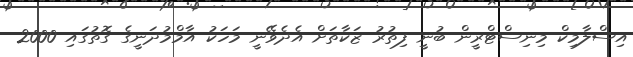
އިސްލާމިކް މިނިސްޓްރީން ބުނީ ފިތުރު ޒަކާތަށް އެދެވޭނީ މަހަކު އާމްމުދަނީގެ ގޮތުގައި 2000